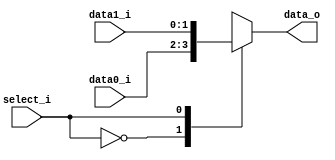
// 109550182
     
module MUX_2to1(data0_i, data1_i, select_i, data_o);

parameter size = 0;			   
			
//I/O ports               
input   [size-1:0] data0_i;          
input   [size-1:0] data1_i;
input              select_i;
output reg  [size-1:0] data_o; 

//Main function
always @(*) begin
    case(select_i) 
        1'b0: data_o <= data0_i;
        1'b1: data_o <= data1_i;
    endcase
end

endmodule